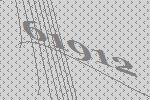
61912